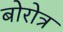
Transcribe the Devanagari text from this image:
बोरोत्र